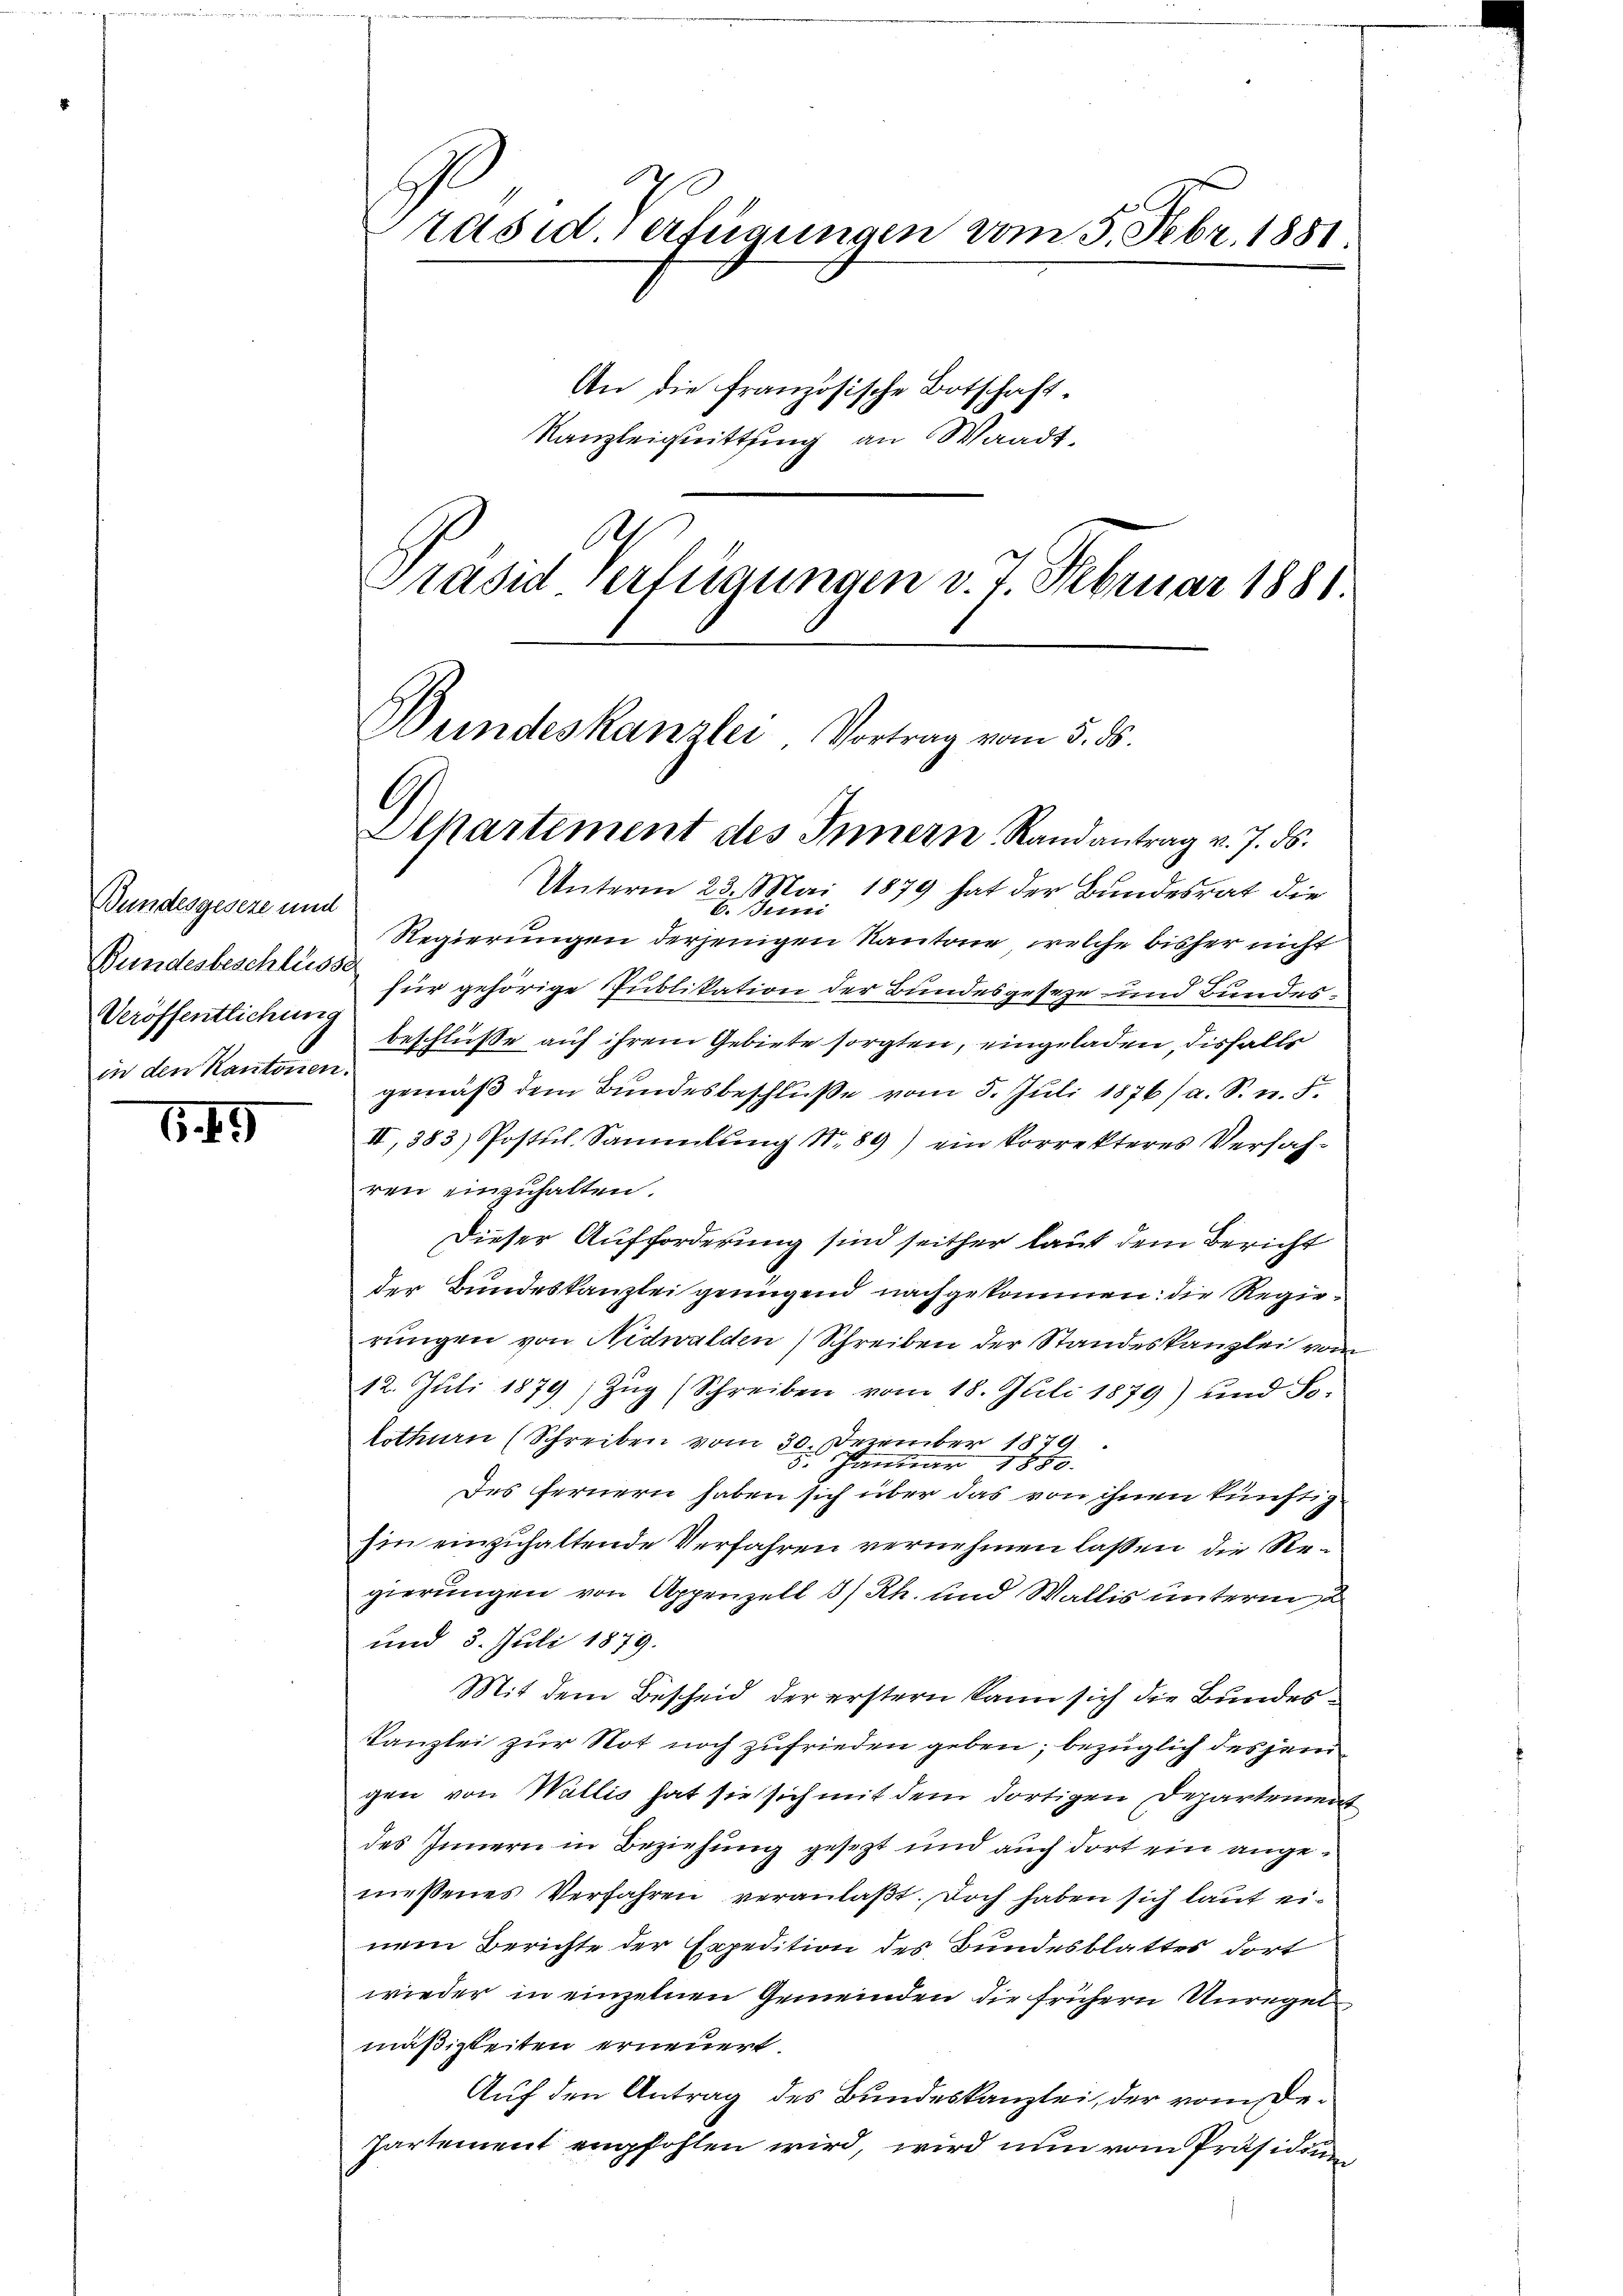
Bundesgeseze und
Bundesbeschlusse
Veröffentlichung

649

a
räsid. Verfügungen vom 5. Febr. 1881.
An die französische Botschaft.
Kanzleiguittung an Waadt,
Ah
Präsid verfügungen v. 7. Februar 1881.

Bundeskanzlei Vortrag vom 5. 8.
l
Alkartement des Innern Randantrag v. J. ds.

Unterm 23. Mai 1879 hat der Bundesrat die
6. Juni
Regierungen derjenigen Kantone, welche bisher nicht

für gehörige Publikation der Bundesgeseze und Bundesbeschlüße auf ihrem Gebiete sorgten, eingeladen, disfalls
in den Kantonen gemäβ dem Bundesbeschluße vom 5. Juli 1876/ a. S. n. F.
II, 383) Postul Sammlung Nr. 89) ein korrekteres Verfahren einzuhalten.
Dieser Aufforderung sind seither laut dem Bericht
der Bundeskanzlei genügend nachgekommen: die Regierungen von Nidwalden Schreiben der Standeskanzlei von
12. Juli 1879) Zug (Schreiben vom 18. Juli 1879) und So-
lothurn (Schreiben vom 30. Dezember 1879
5. Januar 1880.
Des fernern haben sich über das von ihnen künftig
hin einzuhaltende Verfahren vernehmen laßen, die Regierungen von Appenzell 3/ Rh. und Wallis unterm 2
und 3. Juli 1879.
Mit dem Bescheid, der erstern kann sich die Bundes¬
Kanzlei zur Not noch zufrieden geben; bezüglich desjenigen von Wallis hat sie sich mit dem dortigen Departement
des Innern in Beziehung gesezt und auch dort ein angemessenes Verfahren veranlaßt. Doch haben sich laut ei-
nem Berichte der Expedition des Bundesblattes dort
wieder in einzelnen Gemeinden die frühern Unregelmäßigkeiten erneuert.
Auf den Antrag des Bundeskanzlei, der vom De¬
Partement empfohlen wird, wird nun vom Präsidium